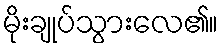
မိုးချုပ်သွားလေ၏။